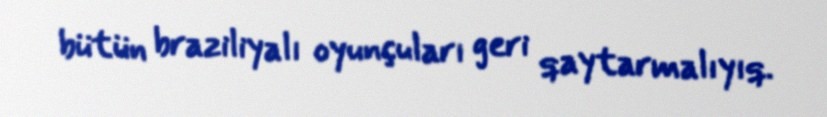
bütün braziliyalı oyunçuları geri qaytarmalıyıq.